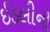
ઈડલીનો